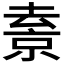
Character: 𠬇